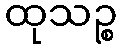
ထုသဉ္စ